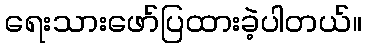
ရေးသားဖော်ပြထားခဲ့ပါတယ်။